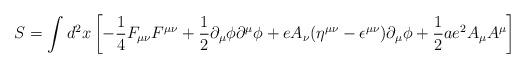
LaTeX: \begin{align*}S = \int d^2x \left[ -{{1}\over {4}}F_{\mu \nu}F^{\mu \nu} +{{1}\over{2}}\partial_{\mu}\phi\partial^{\mu}\phi +eA_{\nu}(\eta^{\mu \nu} -\epsilon^{\mu \nu})\partial_{\mu}\phi +{{1}\over{2}}ae^{2}A_{\mu}A^{\mu}\right]\end{align*}